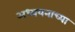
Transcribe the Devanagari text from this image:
अध्ययनाच्या